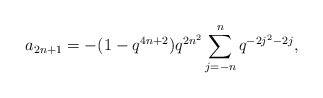
\begin{align*} a_{2n+1} = -(1-q^{4n+2})q^{2n^2}\sum_{j=-n}^{n}q^{-2j^2-2j},\end{align*}